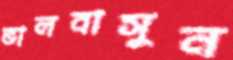
ভালবাসুন